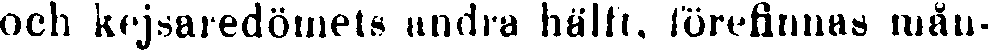
och kejsaredömets andra hälft, förelinnas mån-